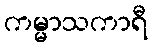
ကမ္မာသကာရီ